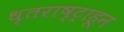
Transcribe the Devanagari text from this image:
धृतराष्ट्राहून